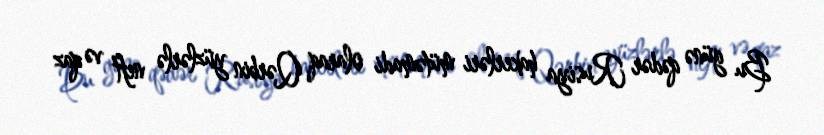
Bu günə qədər Rusiya hakerləri mütəmadi olaraq Qərbin yüzlərlə neft və qaz